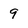
Character: 9